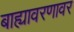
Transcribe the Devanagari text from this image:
बाह्यावरणावर